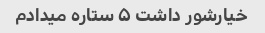
خیارشور داشت ۵ ستاره میدادم